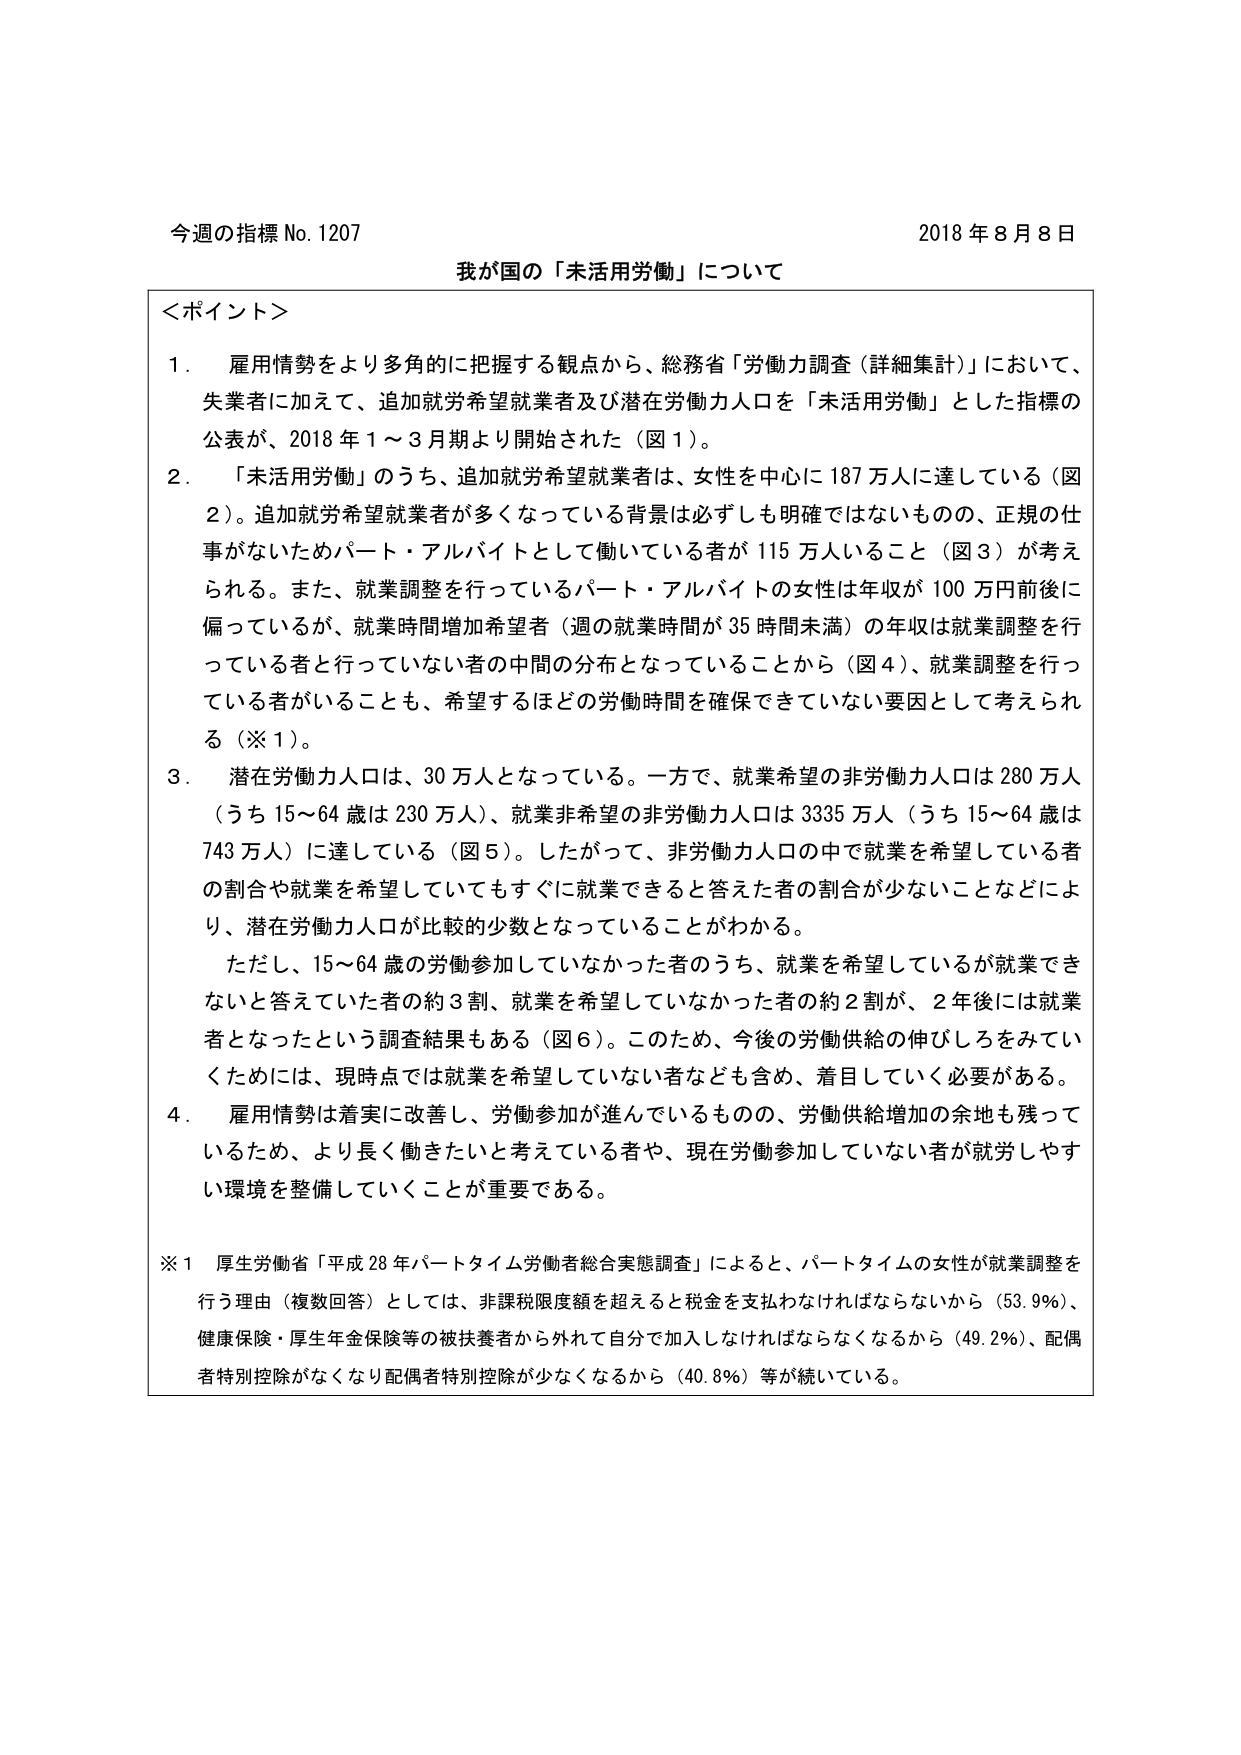
今週の指標 No. 1207 2018年8月8日
我が国の「未活用労働」について

＜ポイント＞
1．雇用情勢をより多角的に把握する観点から、総務省「労働力調査（詳細集計）」において、
　失業者に加えて、追加就労希望就業者及び潜在労働力人口を「未活用労働」とした指標の
　公表が、2018年1～3月期より開始された（図1）。

2．「未活用労働」のうち、追加就労希望就業者は、女性を中心に187万人に達している（図
　2）。追加就労希望就業者が多くなっている背景は必ずしも明確ではないものの、正規の仕
　事がないためパート・アルバイトとして働いている者が115万人いること（図3）が考え
　られる。また、就業調整を行っているパート・アルバイトの女性は年収が100万円前後に
　偏っているが、就業時間増加希望者（週の就業時間が35時間未満）の年収は就業調整を行
　っている者と行っていない者の中間の分布となっていることから（図4）、就業調整を行っ
　ている者がいることも、希望するほどの労働時間を確保できていない要因として考えられ
　る（※1）。

3．潜在労働力人口は、30万人となっている。一方で、就業希望の非労働力人口は280万人
　（うち15～64歳は230万人）、就業非希望の非労働力人口は3335万人（うち15～64歳は
　743万人）に達している（図5）。したがって、非労働力人口の中で就業を希望している者
　の割合や就業を希望していてもすぐに就業できると答えた者の割合が少ないことなどによ
　り、潜在労働力人口が比較的少数となっていることがわかる。
　　ただし、15～64歳の労働参加していなかった者のうち、就業を希望しているが就業でき
　ないと答えていた者の約3割、就業を希望していなかった者の約2割が、2年後には就業
　者となったという調査結果もある（図6）。このため、今後の労働供給の伸びしろをみてい
　くためには、現時点では就業を希望していない者なども含め、着目していく必要がある。

4．雇用情勢は着実に改善し、労働参加が進んでいるものの、労働供給増加の余地も残って
　いるため、より長く働きたいと考えている者や、現在労働参加していない者が就労しやす
　い環境を整備していくことが重要である。

※1 厚生労働省「平成28年パートタイム労働者総合実態調査」によると、パートタイムの女性が就業調整を
　行う理由（複数回答）としては、非課税限度額を超えると税金を支払わなければならないから（53.9％）、
　健康保険・厚生年金保険等の被扶養者から外れて自分で加入しなければならなくなるから（49.2％）、配偶
　者特別控除がなくなり配偶者特別控除が少なくなるから（40.8％）等が続いている。